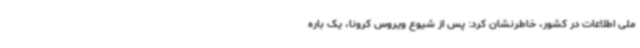
ملی اطلاعات در کشور، خاطرنشان کرد: پس از شیوع ویروس کرونا، یک باره